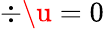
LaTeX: \div\u=0